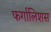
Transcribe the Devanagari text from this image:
फर्गालिशस